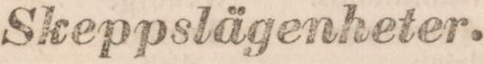
Skeppslägenheter.